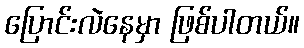
ပြောင်းလဲနေမှာ ဖြစ်ပါတယ်။